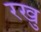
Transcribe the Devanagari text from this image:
रखु